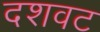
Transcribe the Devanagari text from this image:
दशवट